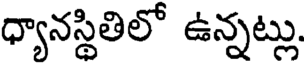
ధ్యానస్థితిలో ఉన్నట్లు